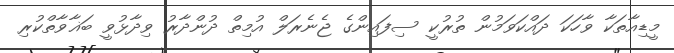
މީޑިއާތަކާ ވާހަކަ ދައްކަވަމުން ތުރުކީ ސިފައިންގެ ޖެނެރަލް އުމިތް ދުންދާރު ވިދާޅުވީ ބަޣާވާތްކުރި